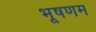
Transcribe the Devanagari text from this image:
भूषणम